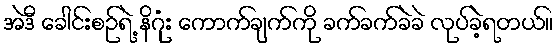
အဲဒီ ခေါင်းစဉ်ရဲ့ နိဂုံး ကောက်ချက်ကို ခက်ခက်ခဲခဲ လုပ်ခဲ့ရတယ်။